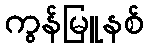
ကွန်မြူနစ်